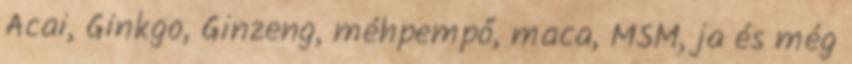
Acai, Ginkgo, Ginzeng, méhpempő, maca, MSM, ja és még